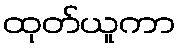
ထုတ်ယူကာ